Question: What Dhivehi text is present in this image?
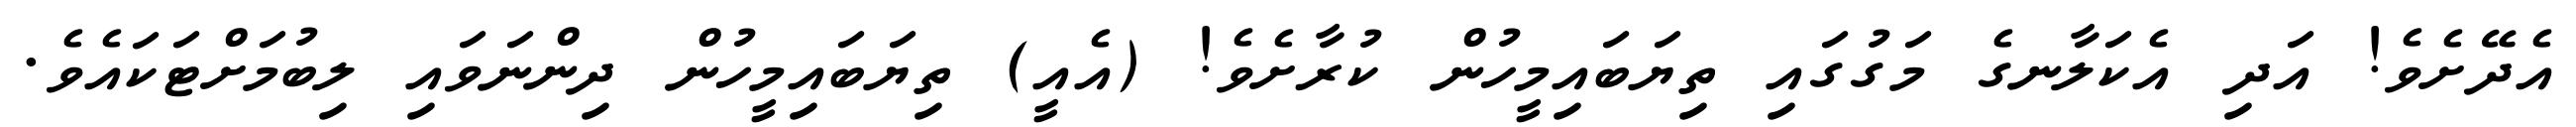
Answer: އެދޭށެވެ! އަދި އެކަލާނގެ މަގުގައި ތިޔަބައިމީހުން ކުރާށެވެ! (އެއީ) ތިޔަބައިމީހުން ދިންނަވައި ލިބުމަށްޓަކައެވެ.